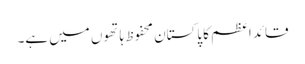
قائد اعظم کا پاکستان محفوظ ہاتھوں میں ہے۔